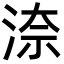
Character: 㴎